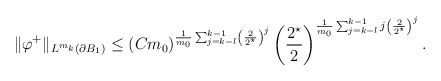
\begin{align*}\|\varphi^{+}\|_{L^{m_{k}}(\partial B_1)} &\leq(C m_0)^{\frac{1}{m_{0}} \sum_{j = k-l}^{k-1} \left(\frac{2}{2^{\star}}\right)^{j} } \left(\frac{2^{\star}}{2}\right)^{\frac{1}{m_{0}} \sum_{j = k-l}^{k-1} j\left(\frac{2}{2^{\star}}\right)^{j} }.\end{align*}